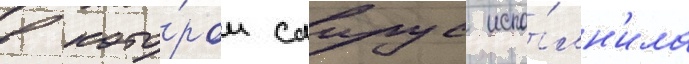
в кото́ром саирус испо́лн'ила